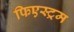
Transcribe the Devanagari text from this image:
फिएस्ट्रम